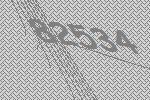
82534